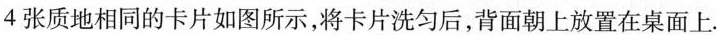
4 张质地相同的卡片如图所示，将卡片洗匀后，背面朝上放置在桌面上.